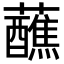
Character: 蘸